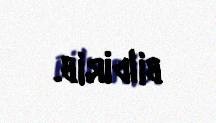
bildirib.